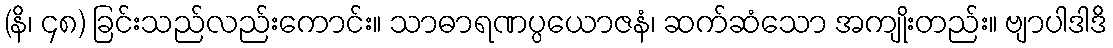
(နိ၊ ၄၈) ခြင်းသည်လည်းကောင်း။ သာဓာရဏပ္ပယောဇနံ၊ ဆက်ဆံသော အကျိုးတည်း။ ဗျာပါဒါဒိ